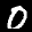
Label: 0